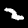
Label: 2